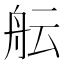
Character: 𮶘